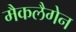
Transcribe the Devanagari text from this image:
मैकलैगेन